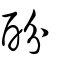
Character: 酚